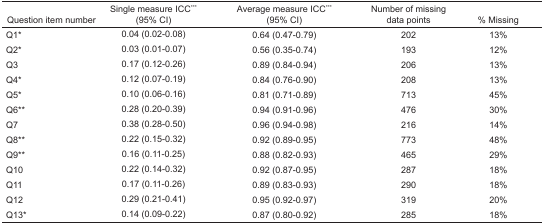
<table><thead><tr><td><b>Question item number</b></td><td><b>Single measure ICC*** (95% CI)</b></td><td><b>Average measure ICC*** (95% CI)</b></td><td><b>Number of missing data points</b></td><td><b>% Missing</b></td></tr></thead><tbody><tr><td>Q1*</td><td>0.04 (0.02–0.08)</td><td>0.64 (0.47–0.79)</td><td>202</td><td>13%</td></tr><tr><td>Q2*</td><td>0.03 (0.01–0.07)</td><td>0.56 (0.35–0.74)</td><td>193</td><td>12%</td></tr><tr><td>Q3</td><td>0.17 (0.12–0.26)</td><td>0.89 (0.84–0.94)</td><td>206</td><td>13%</td></tr><tr><td>Q4*</td><td>0.12 (0.07–0.19)</td><td>0.84 (0.76–0.90)</td><td>208</td><td>13%</td></tr><tr><td>Q5*</td><td>0.10 (0.06–0.16)</td><td>0.81 (0.71–0.89)</td><td>713</td><td>45%</td></tr><tr><td>Q6**</td><td>0.28 (0.20–0.39)</td><td>0.94 (0.91–0.96)</td><td>476</td><td>30%</td></tr><tr><td>Q7</td><td>0.38 (0.28–0.50)</td><td>0.96 (0.94–0.98)</td><td>216</td><td>14%</td></tr><tr><td>Q8**</td><td>0.22 (0.15–0.32)</td><td>0.92 (0.89–0.95)</td><td>773</td><td>48%</td></tr><tr><td>Q9**</td><td>0.16 (0.11–0.25)</td><td>0.88 (0.82–0.93)</td><td>465</td><td>29%</td></tr><tr><td>Q10</td><td>0.22 (0.14–0.32)</td><td>0.92 (0.87–0.95)</td><td>287</td><td>18%</td></tr><tr><td>Q11</td><td>0.17 (0.11–0.26)</td><td>0.89 (0.83–0.93)</td><td>290</td><td>18%</td></tr><tr><td>Q12</td><td>0.29 (0.21–0.41)</td><td>0.95 (0.92–0.97)</td><td>319</td><td>20%</td></tr><tr><td>Q13*</td><td>0.14 (0.09–0.22)</td><td>0.87 (0.80–0.92)</td><td>285</td><td>18%</td></tr></tbody></table>